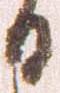
日